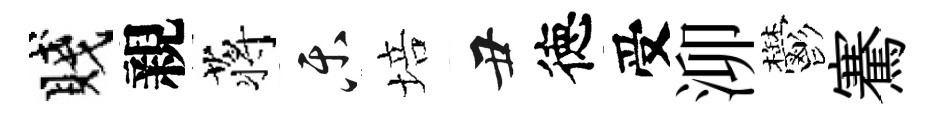
賤親蒋乐培丑徳受泖鬱騫